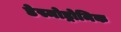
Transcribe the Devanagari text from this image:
डेस्मोड्रोमिक